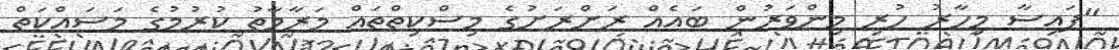
"ފައިސާ މިހާރު ހުރި މިންވަރުން ބައެއް ރަށްރަށުގެ މިސްކިތްތައް މަރާމާތު ކުރުމުގެ މަސައްކަތް